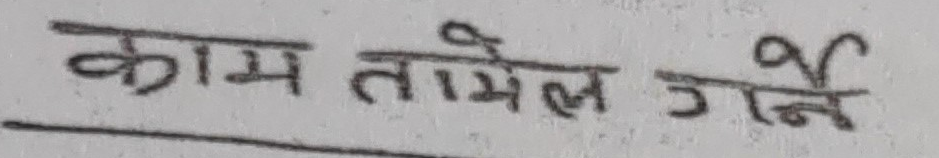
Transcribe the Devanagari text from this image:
काम तामेल गर्ने